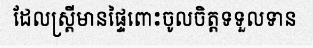
ដែលស្ត្រីមានផ្ទៃពោះចូលចិត្តទទួលទាន